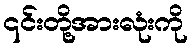
၎င်းတို့အားလုံးကို